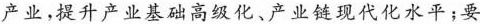
产业，提升产业基础高级化、产业链现代化水平；要